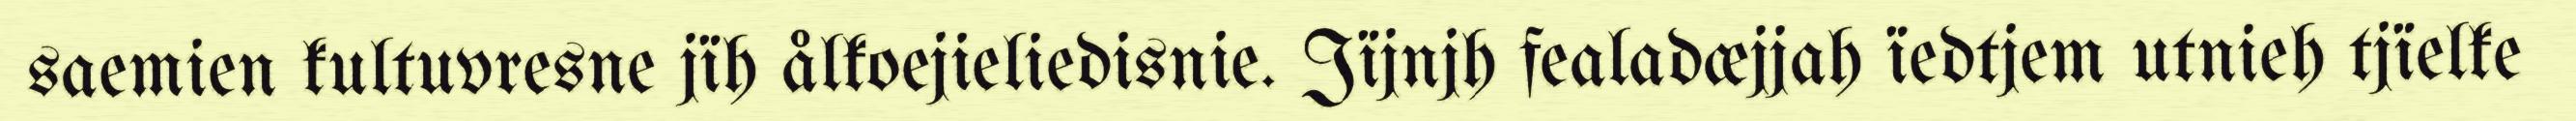
saemien kultuvresne jïh ålkoejieliedisnie. Jïjnjh fealadæjjah ïedtjem utnieh tjïelke